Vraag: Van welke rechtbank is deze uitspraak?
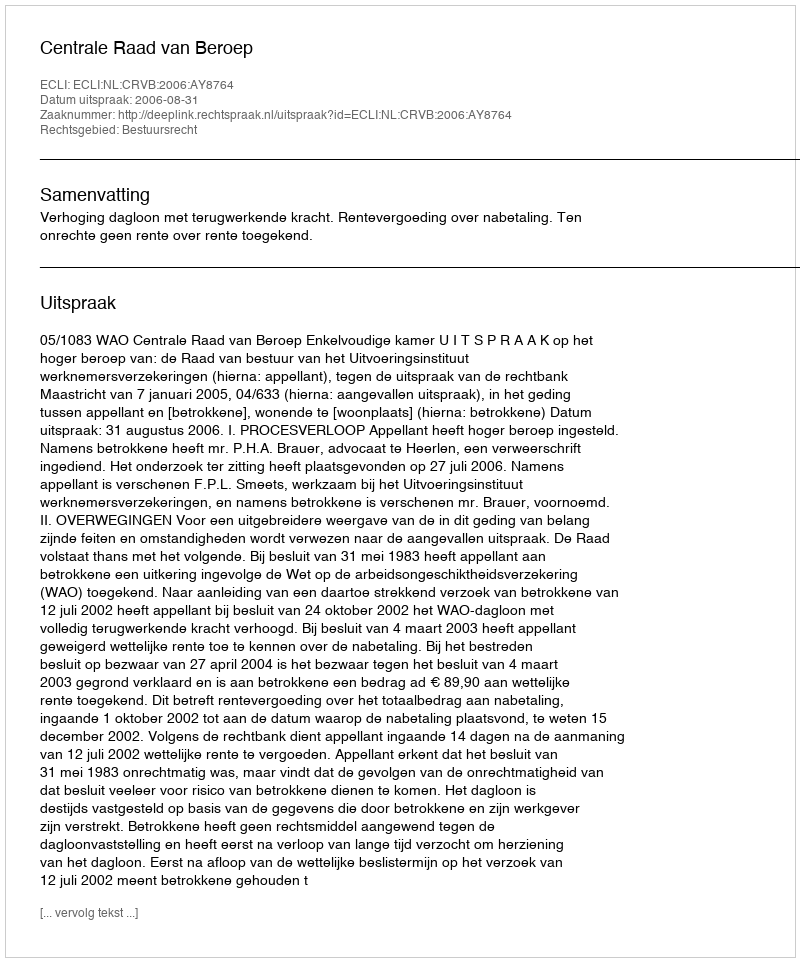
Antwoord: Centrale Raad van Beroep